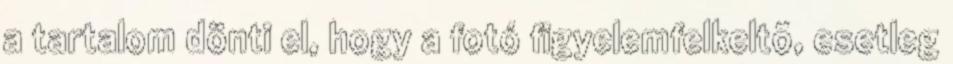
a tartalom dönti el, hogy a fotó figyelemfelkeltõ, esetleg